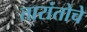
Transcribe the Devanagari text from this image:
तारांतोचे